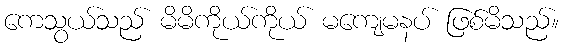
ကေသွယ်သည် မိမိကိုယ်ကိုယ် မကျေမနပ် ဖြစ်မိသည်။